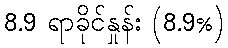
8.9 ရာခိုင်နှုန်း (8.9%)